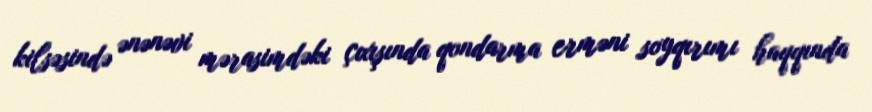
kilsəsində ənənəvi mərasimdəki çıxışında qondarma erməni soyqırımı haqqında